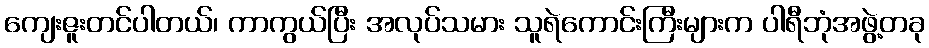
ကျေးဇူးတင်ပါတယ်၊ ကာကွယ်ပြီး အလုပ်သမား သူရဲကောင်းကြီးများက ပါရီဘုံအဖွဲ့တခု